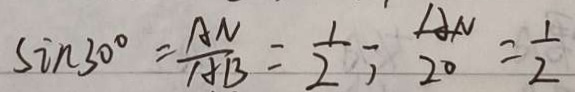
\sin 3 0 ^ { \circ } = \frac { A N } { A B } = \frac { 1 } { 2 } ; \frac { A N } { 2 0 } = \frac { 1 } { 2 }